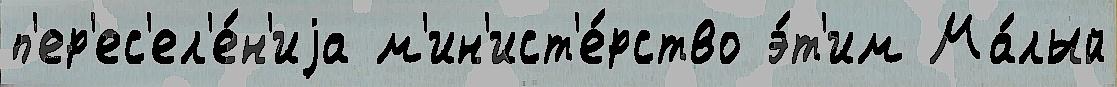
п'ер'ес'ел'е́н'иjа м'ин'ист'е́рство э́т'им Ма́лый